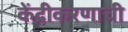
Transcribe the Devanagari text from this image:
केंद्रीकरणाची